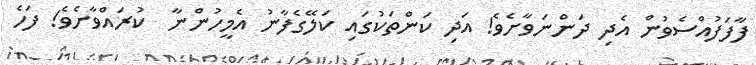
ފާފަފުއްސެވުން އެދި ދަންނަވާށެވެ! އަދި ކަންތަކުގައި ކަލޭގެފާނު އެމީހުންނާ  ކުރައްވާށެވެ! ފަހެ